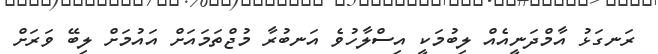
ރަނގަޅު އާމްދަނީއެއް ލިބުމަކީ އިސްލާހުވެ އަނބުރާ މުޖްތަމައަށް އައުމަށް ލިބޭ ވަރަށް